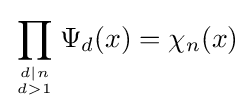
\prod _{d\mid n \atop d>1}\Psi _{d}(x)=\chi _{n}(x)